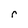
Character: r